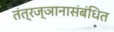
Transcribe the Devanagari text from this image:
तंत्रज्ञानासंबंधित